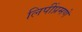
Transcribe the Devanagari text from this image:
लिपींप्रमणे